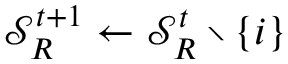
\mathcal { S } _ { R } ^ { t + 1 } \leftarrow \mathcal { S } _ { R } ^ { t } \setminus \{ i \}